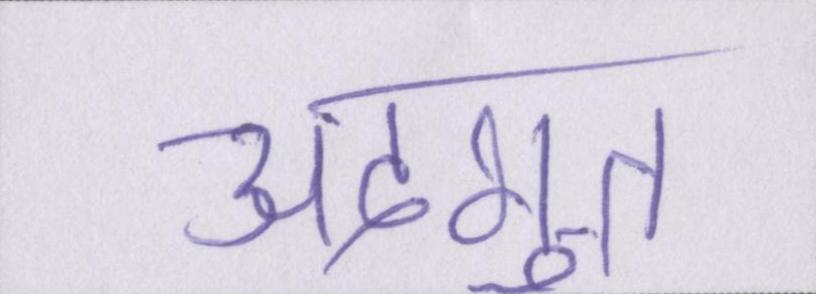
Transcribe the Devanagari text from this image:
अदभुत